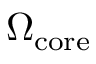
\Omega _ { \mathrm { c o r e } }